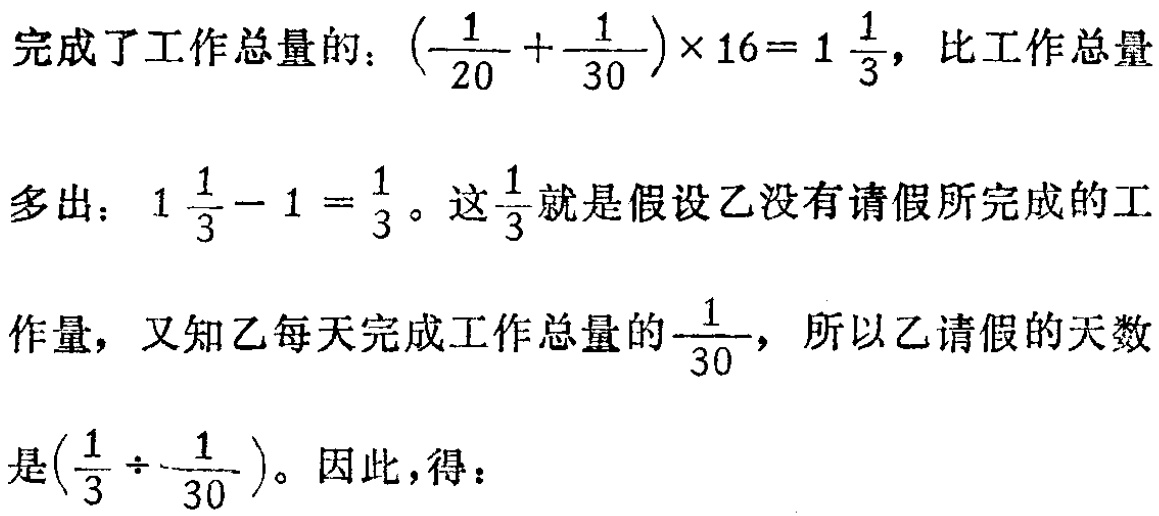
完成了工作总量的：\((\frac{1}{20} + \frac{1}{30})\times 16 = 1\frac{1}{3}\)，比工作总量

多出：\(1\frac{1}{3} - 1 = \frac{1}{3}\)。这\(\frac{1}{3}\)就是假设乙没有请假所完成的工

作量，又知乙每天完成工作总量的\(\frac{1}{30}\)，所以乙请假的天数

是\((\frac{1}{3} \div \frac{1}{30})\)。因此，得：